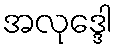
အလုဒ္ဒေါ